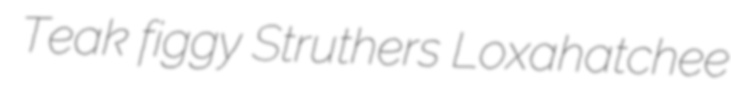
Teak figgy Struthers Loxahatchee